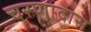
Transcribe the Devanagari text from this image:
चरणादास